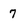
Character: 7